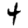
Digit: 4